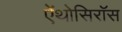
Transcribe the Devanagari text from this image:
ऐंथोसिरॉस